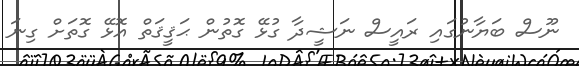
ނޫސް ބަޔާނުގައި ރައީސް ނަޝީދާ ގުޅޭ ގޮތުން ޙަޤީޤަތް އޮޅޭ ގޮތަށް ގިނަ